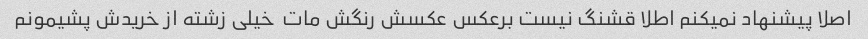
اصلا پیشنهاد نمیکنم اطلا قشنگ نیست برعکس عکسش رنگش مات  خیلی زشته از خریدش پشیمونم